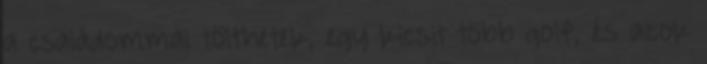
a családommal tölthetek, egy kicsit több golf, és azok